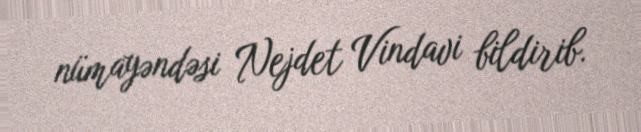
nümayəndəsi Nejdet Vindavi bildirib.